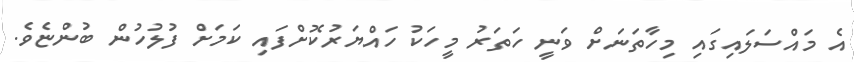
އެ މައްސަލައިގައި މިހާތަނަށް ވަނީ ހަތަރު މީހަކު ހައްޔަރުކޮށްފައި ކަމަށް ފުލުހުން ބުންޏެވެ.